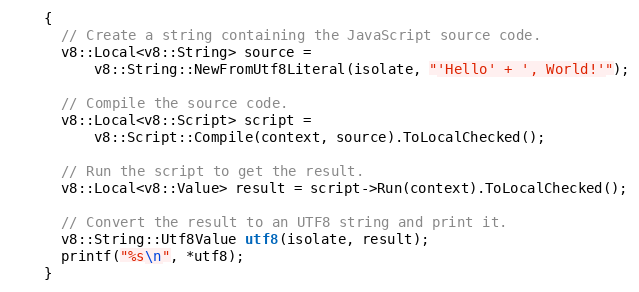
Language: C++
    {
      // Create a string containing the JavaScript source code.
      v8::Local<v8::String> source =
          v8::String::NewFromUtf8Literal(isolate, "'Hello' + ', World!'");

      // Compile the source code.
      v8::Local<v8::Script> script =
          v8::Script::Compile(context, source).ToLocalChecked();

      // Run the script to get the result.
      v8::Local<v8::Value> result = script->Run(context).ToLocalChecked();

      // Convert the result to an UTF8 string and print it.
      v8::String::Utf8Value utf8(isolate, result);
      printf("%s\n", *utf8);
    }